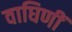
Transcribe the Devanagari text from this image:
वाघिणीं